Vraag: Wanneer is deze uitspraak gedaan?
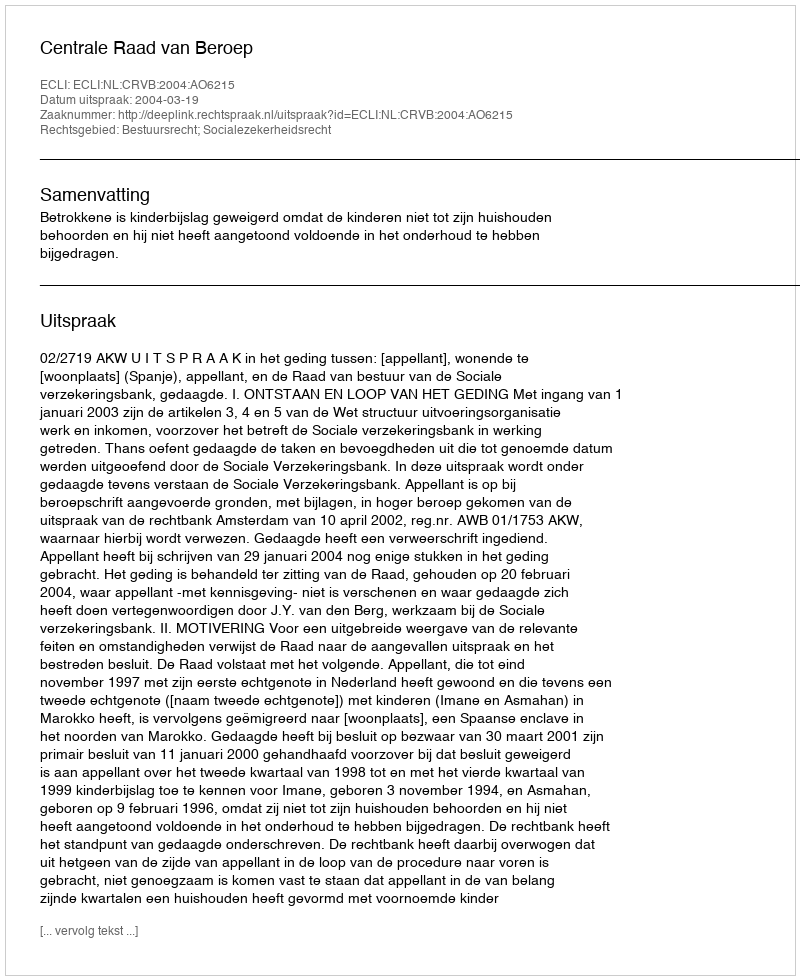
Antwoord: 2004-03-19